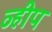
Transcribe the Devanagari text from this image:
व्हीप